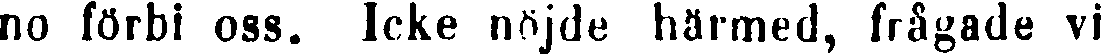
no förbi oss. Icke nöjde härmed, frågade vi